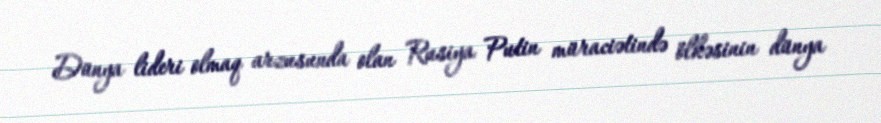
Dünya lideri olmaq arzusunda olan Rusiya Putin müraciətində ölkəsinin dünya